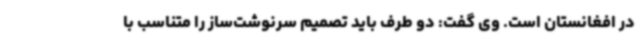
در افغانستان است. وی گفت: دو طرف باید تصمیم سرنوشت‌ساز را متناسب با